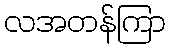
လအတန်ကြာ